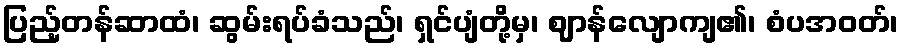
ပြည့်တန်ဆာထံ၊ ဆွမ်းရပ်ခံသည်၊ ရှင်ပျံတို့မှ၊ ဈာန်လျောကျ၏၊ စံပအဝတ်၊